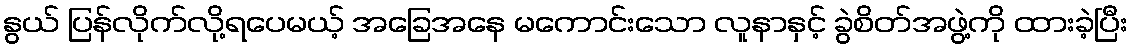
နွယ် ပြန်လိုက်လို့ရပေမယ့် အခြေအနေ မကောင်းသော လူနာနှင့် ခွဲစိတ်အဖွဲ့ကို ထားခဲ့ပြီး